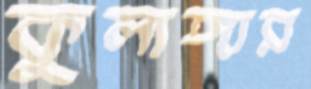
কুলাঙ্গার